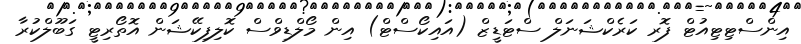
އިންސްޓިޓިއުޓް ފޮރ ކަރެކްޝަނަލް ސްޓަޑީޒް (އައިކޯސްޓް) އިން މޯލްޑިވްސް ކޮލިފިކޭޝަން އޮތޯރިޓީ ގަބޫލްކުރާ